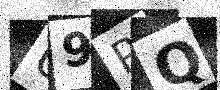
Text: U9PQ